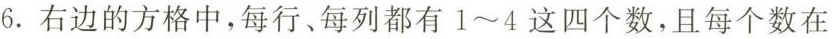
6.右边的方格中，每行、每列都有1~4这四个数，且每个数在